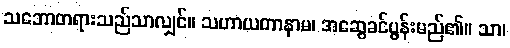
သဘောတရားသည်သာလျှင်။ သဟာယတာနာမ၊ အဆွေခင်ပွန်းမည်၏။ သာ၊